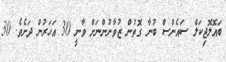
ބައޮލޮޖިކަލް ސައެންސް ބުނާ ގޮތުން ޒުވާނުންނަށް ވާނީ 30 އަހަރުން ދަށެވެ. 30